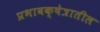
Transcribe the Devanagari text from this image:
प्रभावक्षेत्रातील